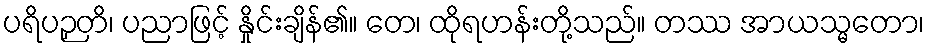
ပရိပဉှတိ၊ ပညာဖြင့် နှိုင်းချိန်၏။ တေ၊ ထိုရဟန်းတို့သည်။ တဿ အာယသ္မတော၊